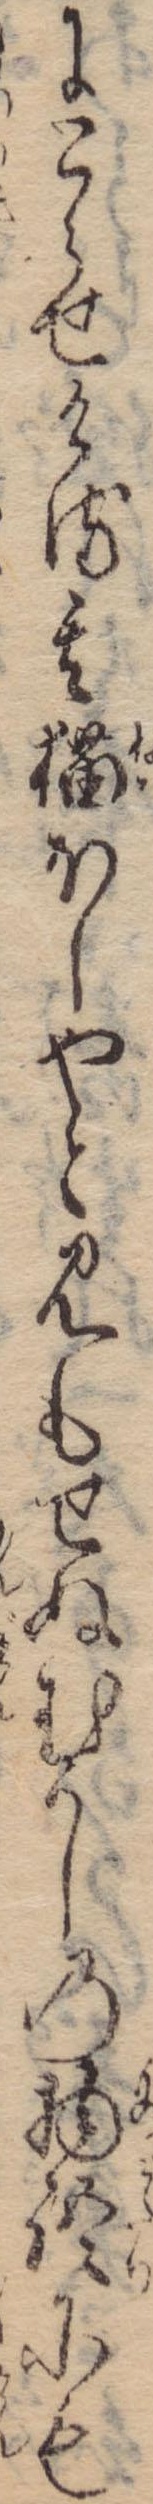
にとらせける其猫ほしやと見もせぬむかしの物語にも